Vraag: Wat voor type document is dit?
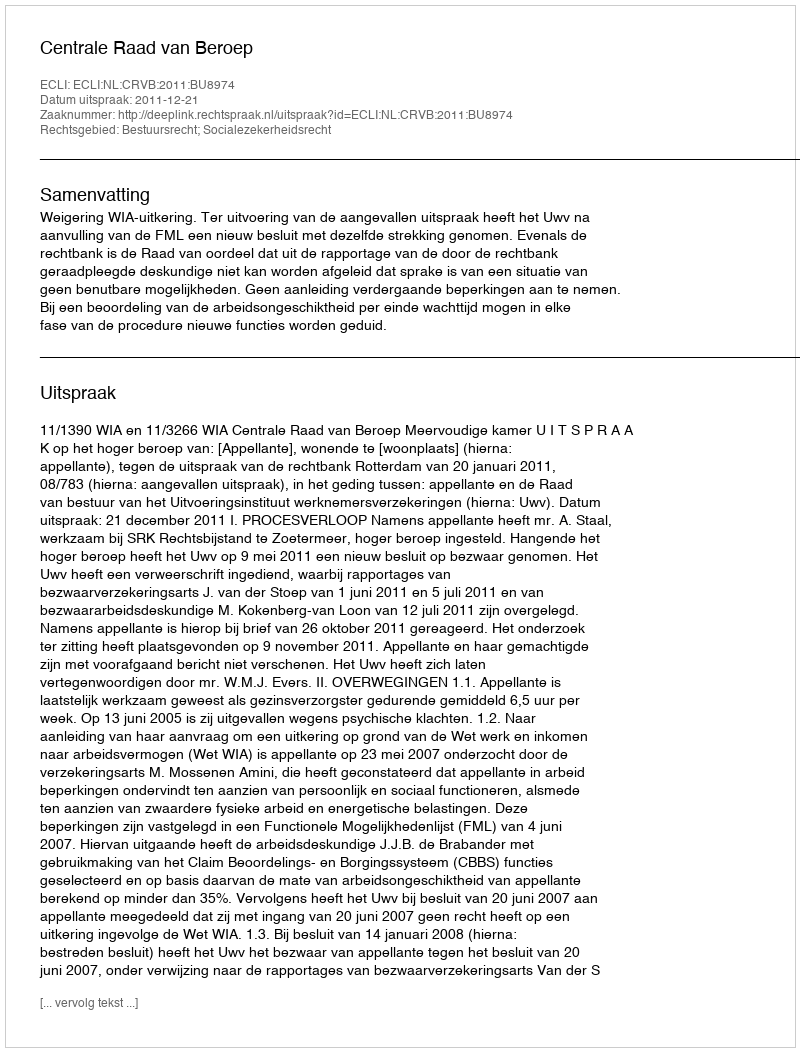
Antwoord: Uitspraak